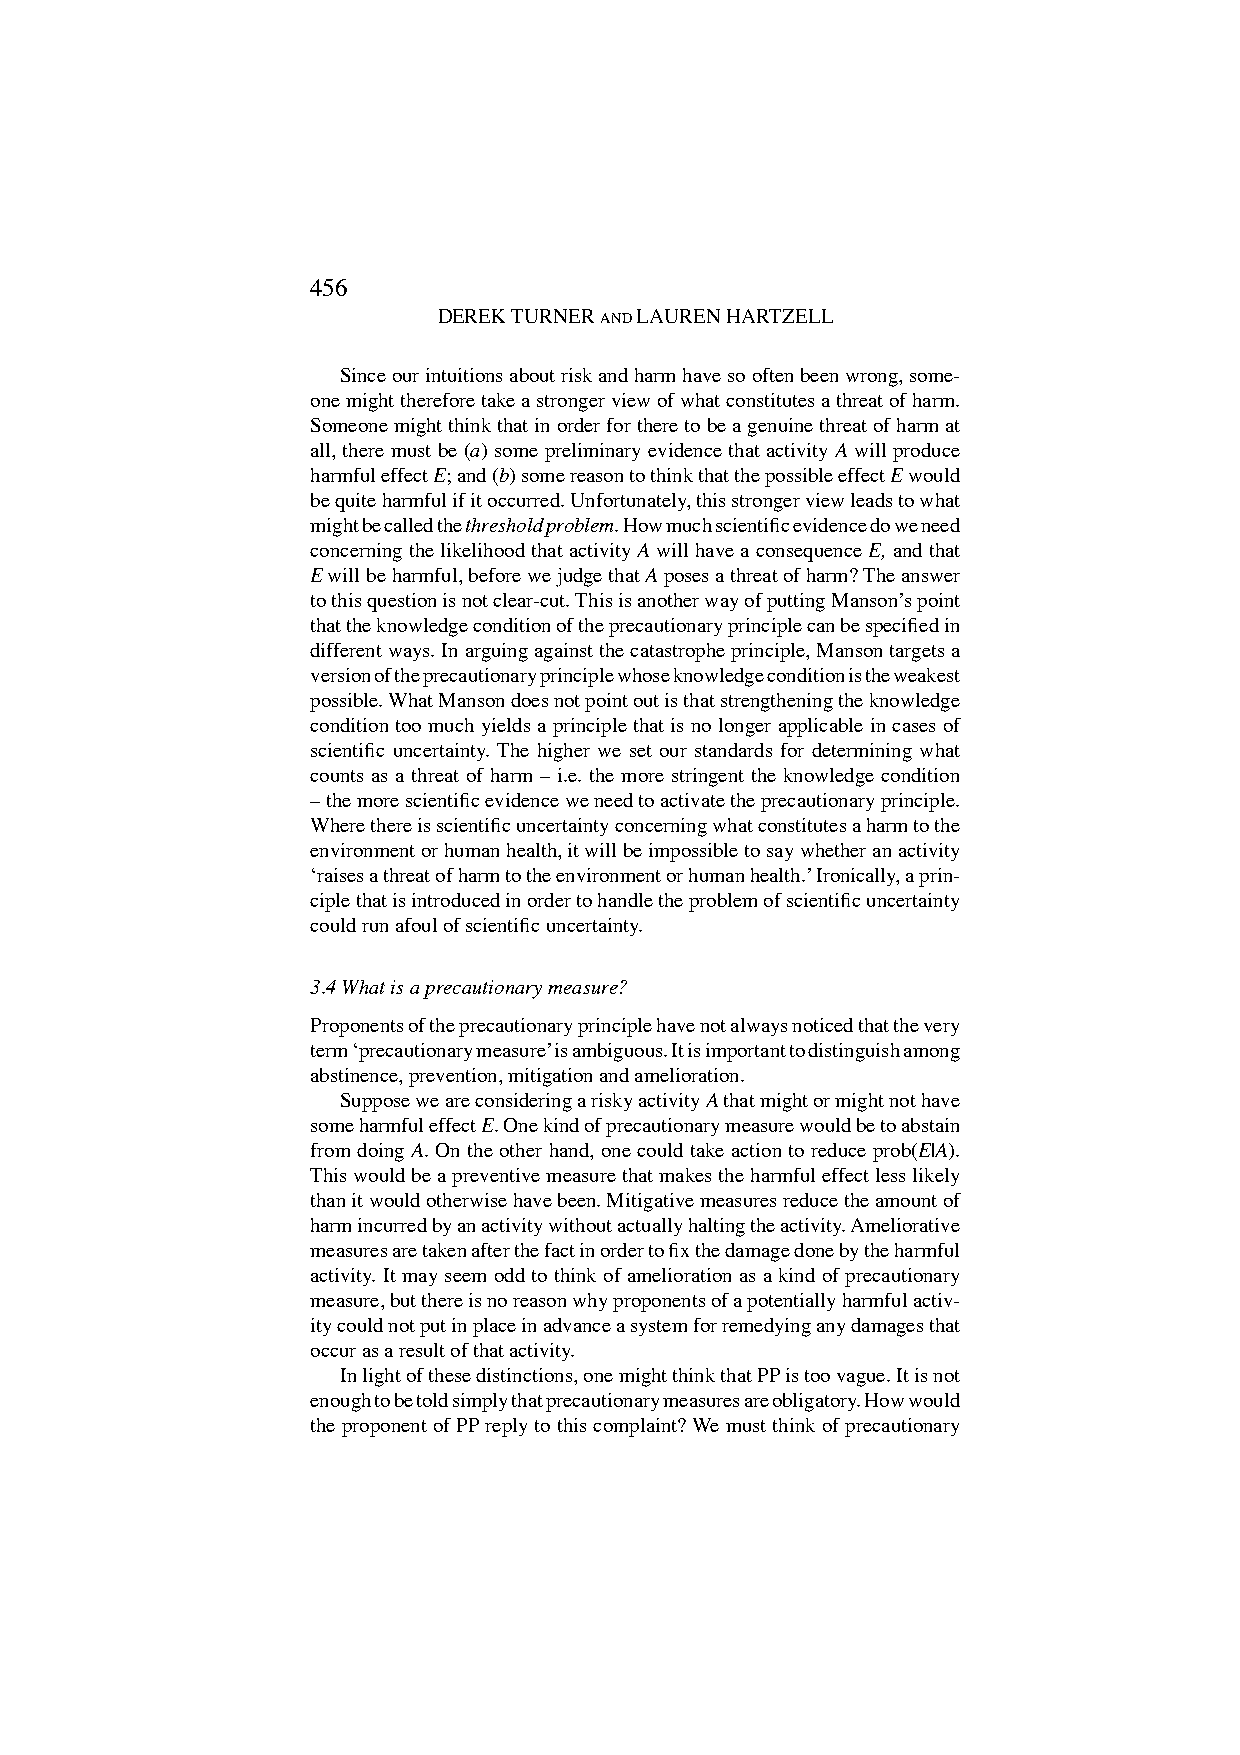
456                                                                                                457
 DEREK TURNER AND LAUREN HARTZELL                    THE LACK OF CLARITY IN THE PRECAUTIONARY PRINCIPLE
 Since our intuitions about risk and harm have so often been wrong, some-
 one might therefore take a stronger view of what constitutes a threat of harm.
 Someone might think that in order for there to be a genuine threat of harm at
 all, there must be (a) some preliminary evidence that activity A will produce
 harmful effect E; and (b) some reason to think that the possible effect E would
 be quite harmful if it occurred. Unfortunately, this stronger view leads to what
 might be called the threshold problem. How much scientific evidence do we need
 concerning the likelihood that activity A will have a consequence E, and that
 E will be harmful, before we judge that A poses a threat of harm? The answer
 to this question is not clear-cut. This is another way of putting Mansonʼs point
 that the knowledge condition of the precautionary principle can be specified in
 different ways. In arguing against the catastrophe principle, Manson targets a
 version of the precautionary principle whose knowledge condition is the weakest
 possible. What Manson does not point out is that strengthening the knowledge
 condition too much yields a principle that is no longer applicable in cases of
 scientific uncertainty. The higher we set our standards for determining what
 counts as a threat of harm – i.e. the more stringent the knowledge condition
 – the more scientific evidence we need to activate the precautionary principle.
 Where there is scientific uncertainty concerning what constitutes a harm to the
 environment or human health, it will be impossible to say whether an activity
 ʻraises a threat of harm to the environment or human health.ʼ Ironically, a prin-
 ciple that is introduced in order to handle the problem of scientific uncertainty
 could run afoul of scientific uncertainty.
 3.4 What is a precautionary measure?
 Proponents of the precautionary principle have not always noticed that the very
 term ʻprecautionary measureʼ is ambiguous. It is important to distinguish among
 abstinence, prevention, mitigation and amelioration.
 Suppose we are considering a risky activity A that might or might not have
 some harmful effect E. One kind of precautionary measure would be to abstain
 from doing A. On the other hand, one could take action to reduce prob(E|A).
 This would be a preventive measure that makes the harmful effect less likely
 than it would otherwise have been. Mitigative measures reduce the amount of
 harm incurred by an activity without actually halting the activity. Ameliorative
 measures are taken after the fact in order to fix the damage done by the harmful
 activity. It may seem odd to think of amelioration as a kind of precautionary
 measure, but there is no reason why proponents of a potentially harmful activ-
 ity could not put in place in advance a system for remedying any damages that
 occur as a result of that activity.
 In light of these distinctions, one might think that PP is too vague. It is not
 enough to be told simply that precautionary measures are obligatory. How would
 the proponent of PP reply to this complaint? We must think of precautionary